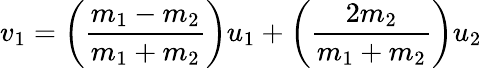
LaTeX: v_{1}=\left({\frac{m_{1}-m_{2}}{m_{1}+m_{2}}}\right)u_{1}+\left({\frac{2m_{2}}{m_{1}+m_{2}}}\right)u_{2}